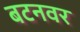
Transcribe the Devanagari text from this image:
बटनवर